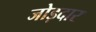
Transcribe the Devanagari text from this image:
जोड़दार